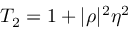
T _ { 2 } = 1 + | \rho | ^ { 2 } \eta ^ { 2 }